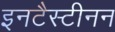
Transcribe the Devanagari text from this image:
इनटैस्टीनन